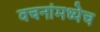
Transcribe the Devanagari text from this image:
वचनांमध्येच